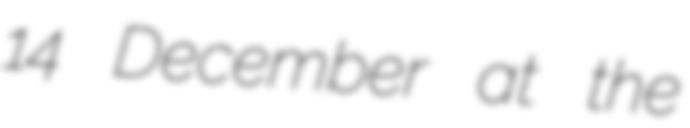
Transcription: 14 December at the